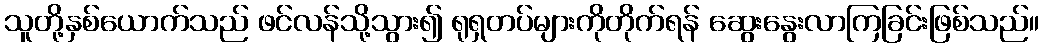
သူတို့နှစ်ယောက်သည် ဖင်လန်သို့သွား၍ ရုရှတပ်များကိုတိုက်ရန် ဆွေးနွေးလာကြခြင်းဖြစ်သည်။